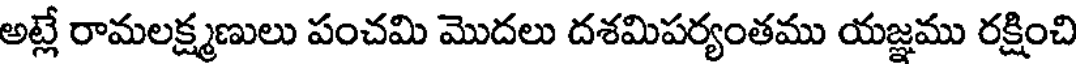
అట్లే రామలక్ష్మణులు పంచమి మొదలు దశమిపర్యంతము యజ్ఞము రక్షించి